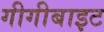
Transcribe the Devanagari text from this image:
गीगीबाइट